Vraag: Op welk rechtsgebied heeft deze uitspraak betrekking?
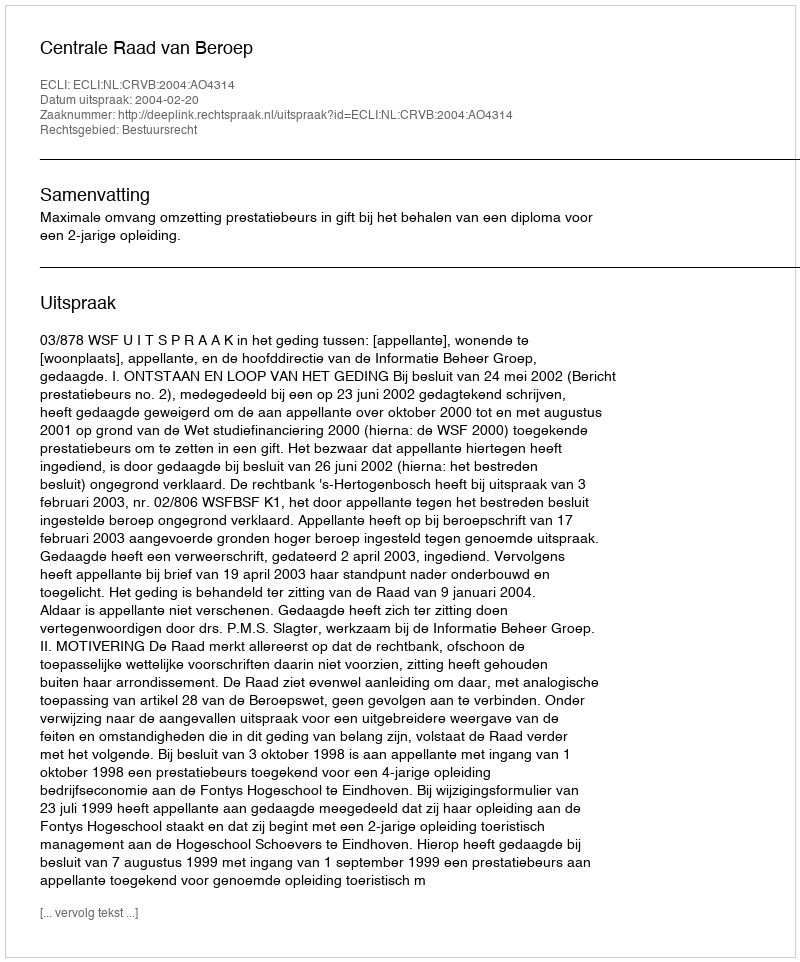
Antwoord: Bestuursrecht